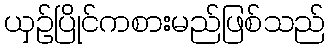
ယှဉ်ပြိုင်ကစားမည်ဖြစ်သည်